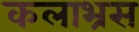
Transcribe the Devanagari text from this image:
कलाभ्रस